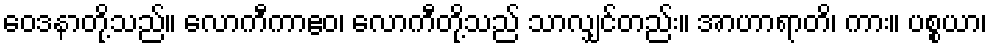
ဝေဒနာတို့သည်။ လောကီကာဧဝ၊ လောကီတို့သည် သာလျှင်တည်း။ အာဟာရာတိ၊ ကား။ ပစ္စယာ၊